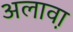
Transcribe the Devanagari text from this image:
अलाव़ा